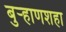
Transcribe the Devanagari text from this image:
बुर्‍हाणशहा